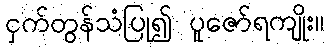
ငှက်တွန်သံပြု၍ ပူဇော်ရကျိုး။